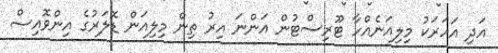
އަދި އަހަރަކު މިލިއަނެއްހާ ޓޫރިސްޓުން އަންނަ އިރު ތިން މިލިއަން ޑޮލަރުގެ އިންވޮއިސް